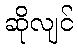
ဆိုလျင်